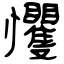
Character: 戄